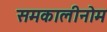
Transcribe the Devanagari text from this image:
समकालीनोम